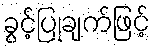
ခွင့်ပြုချက်ဖြင့်